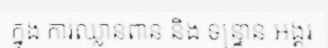
ក្នុង ការឈ្លានពាន និង ទន្ទ្រាន អង្គរ